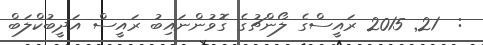
:  21